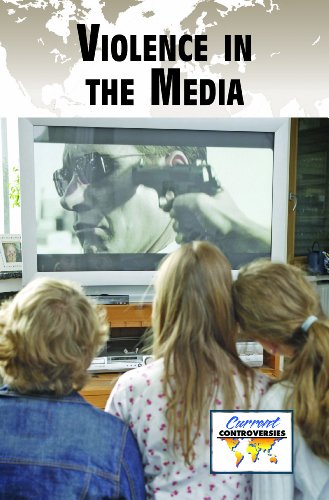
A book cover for Violence in the Media (Current Controversies); Dedria Bryfonski; Teen & Young Adult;